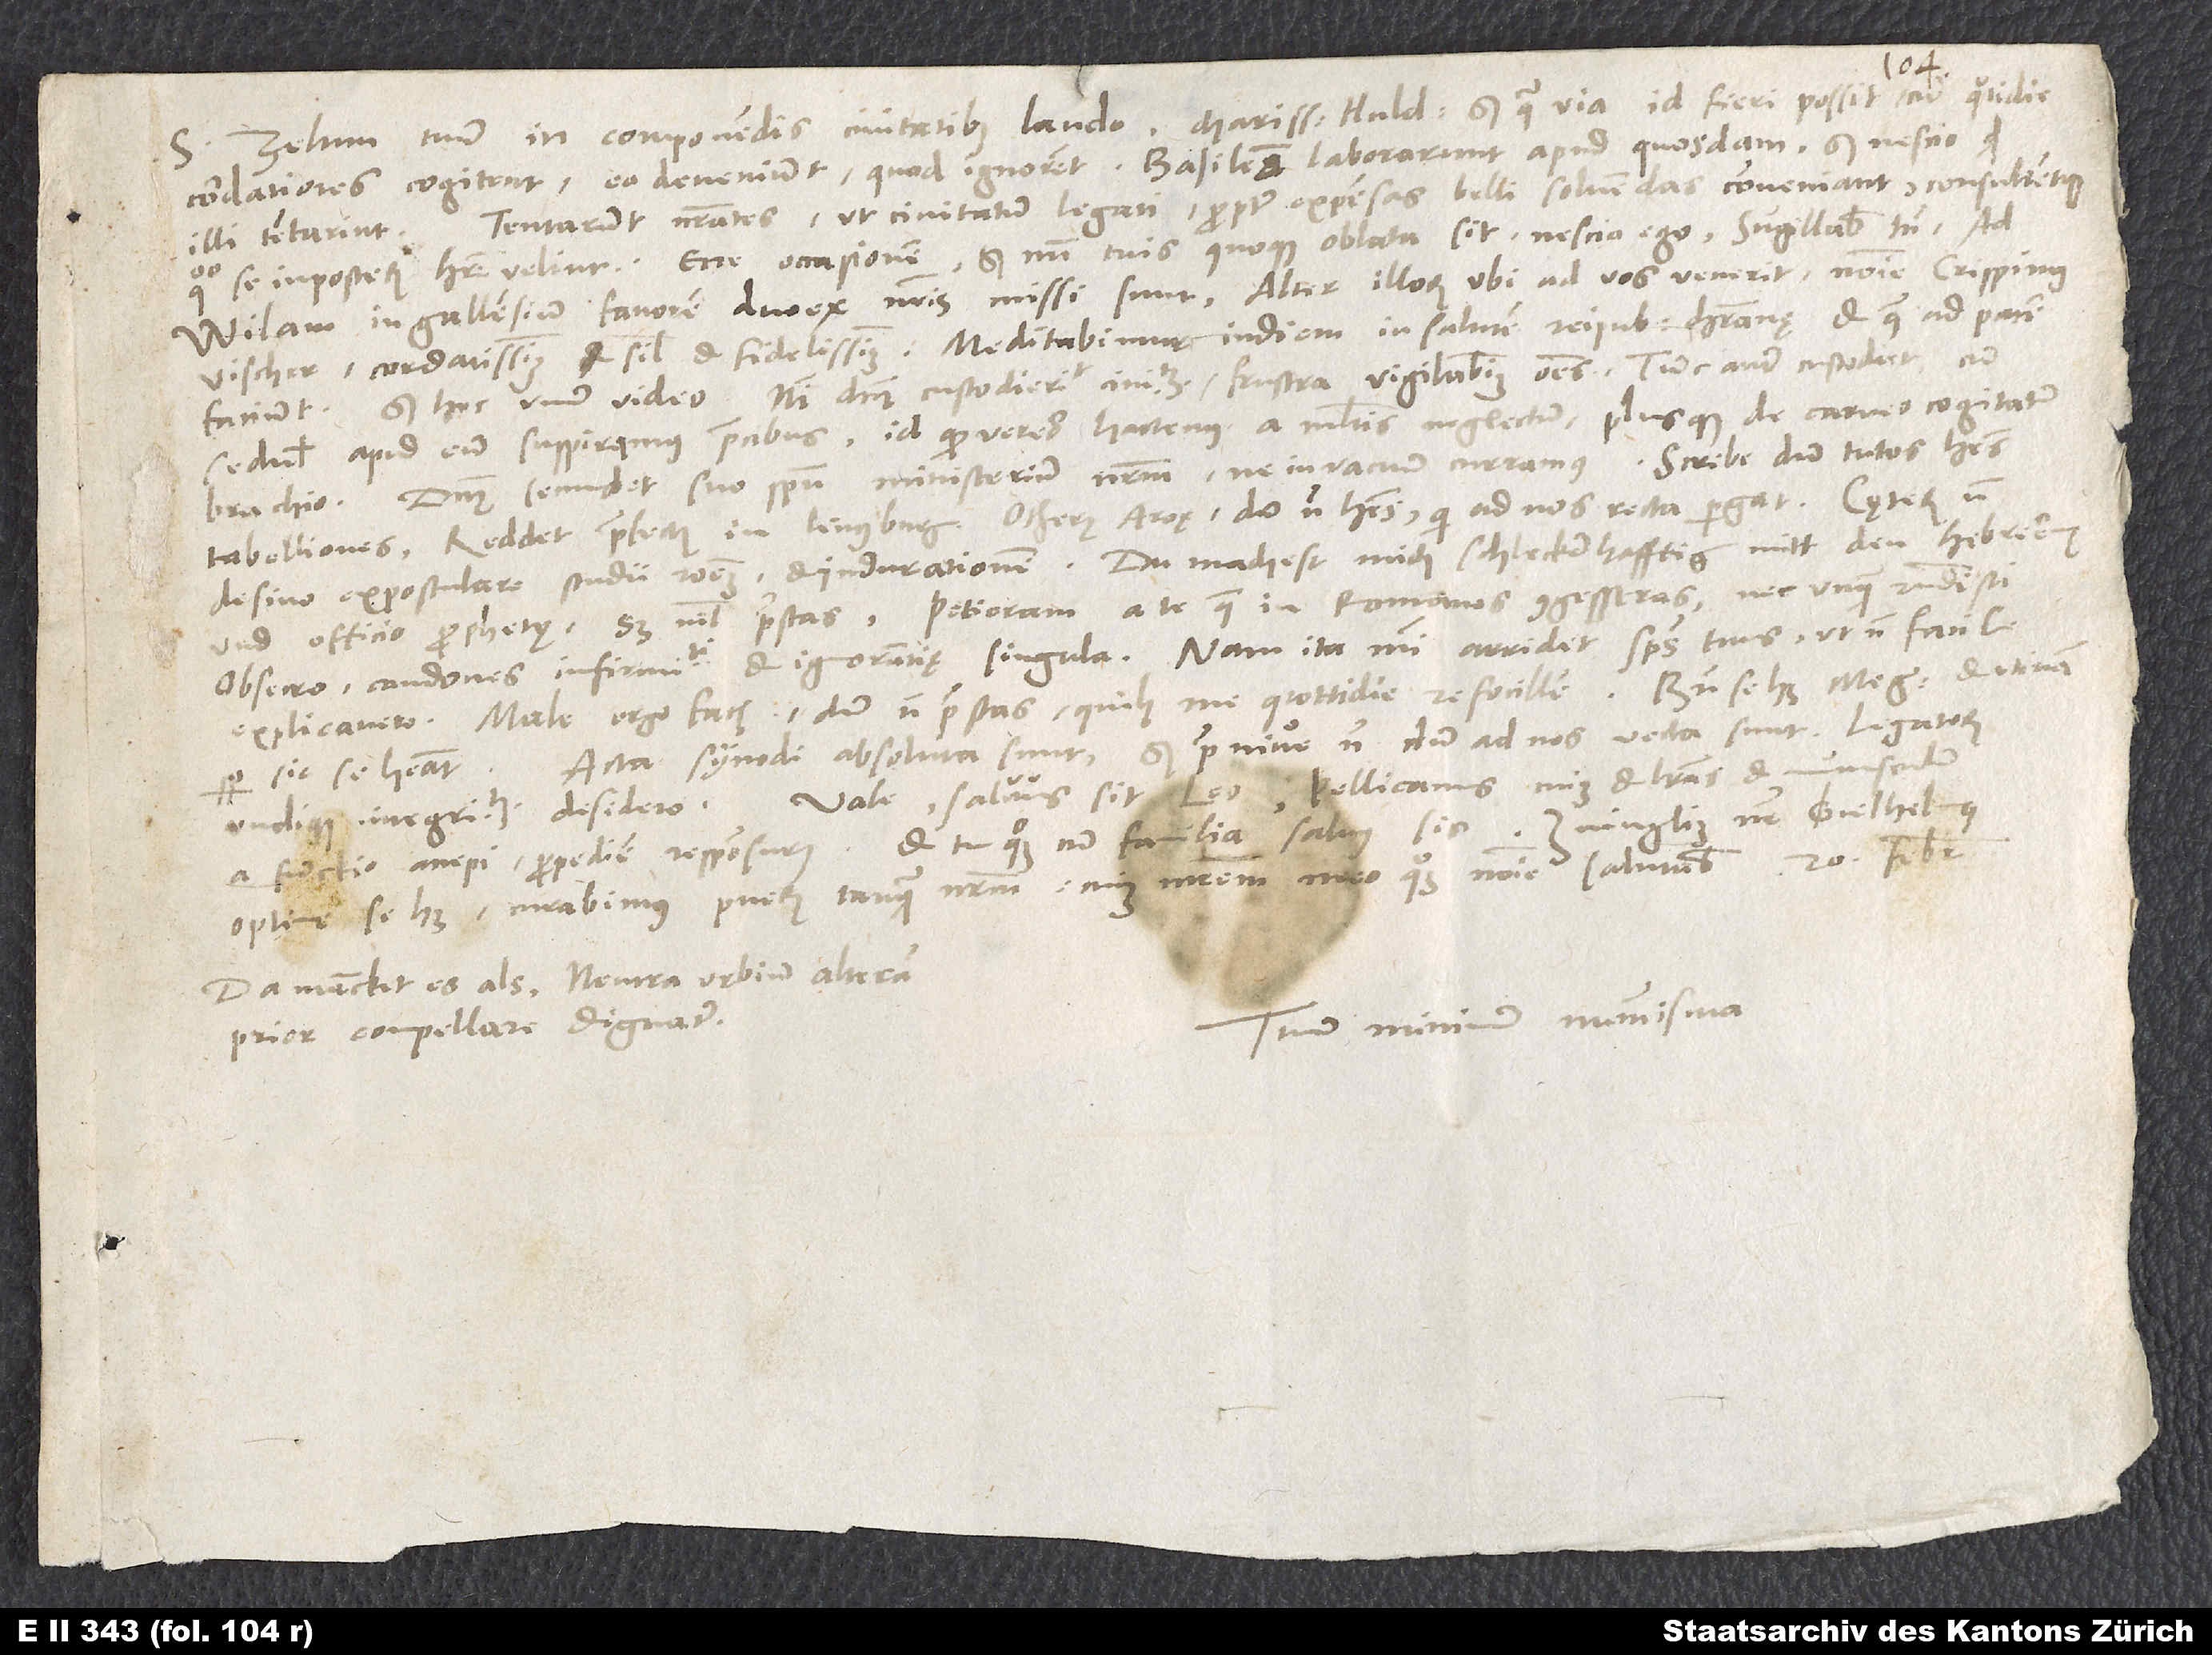
S.
sedulis apud eum suspiramus precibus, id quod vereor hactenus a multis neglectum plusque de carnis cogitatum
brachio. Dominus secundet suo spiritu ministerium nostrum, ne in vacuum curramus. Scribe, dum tutos habes
tabelliones. Reddet praefectus in Lenzburg, Otherus Aroę, dum non habes, qui ad nos recta pergat.
desino expostulare studii rationem et indurationem. Du machest mich schleckerhafftig mitt den Hebreern
und officio prophetae, sed nihil praestas. Petieram a te, quae in Romanos congesseras, nec unquam respondisti.
Obsecro condones infirmitati et ignorantię singula. Nam ita mihi arridet spiritus tuus, ut non facile
explicavero. Male ergo facis, dum non praestas, quibus me quottidie refocillem.
Acta synodi absoluta sunt, sed prae nive nondum ad nos vecta sunt. Legatorum
sic se habeat.
a Funckio accepi propediem responsurus. Et tu quoque cum familia salvus sis. Zuinglius noster Guilhelmus
optime se habet. Curabimus puerum tanquam nostrum. Cuius matrem meo quoque nomine salutabis.
Da mancket es als: Neutra urbium alteram
Tuum minimum nummisma.
prior compellare dignatur.